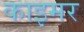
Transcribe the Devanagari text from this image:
काइमर